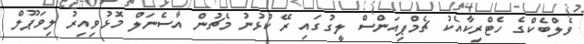
ވެލްބެކްގެ ހެޓްރިކާއެކު ޗެމްޕިއަންސް ލީގުގައި ރޭ ކުޅުނު މެޗުން އާސެނަލް މޮޅުވިއިރު ލިވަޕޫލް